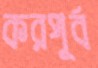
করপূর্ব